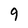
Character: 9